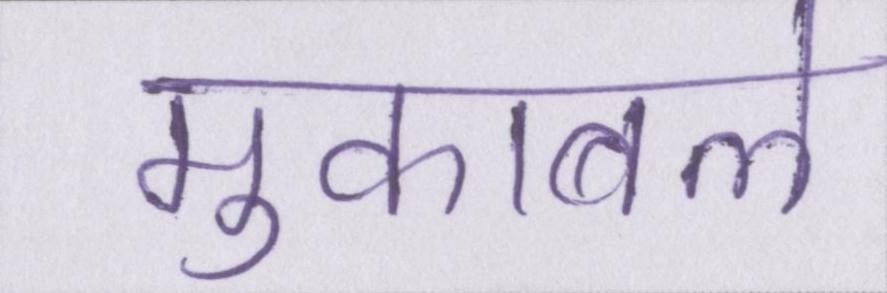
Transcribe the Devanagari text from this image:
मुकाबले